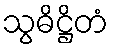
သွဓိဋ္ဌိတံ